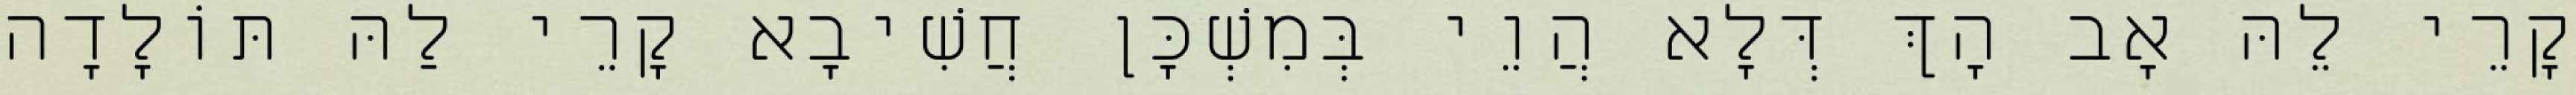
קָרֵי לֵהּ אָב הָךְ דְּלָא הֲוֵי בְּמִשְׁכָּן חֲשִׁיבָא קָרֵי לַהּ תּוֹלָדָה